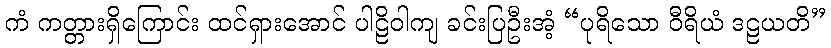
ကံ ကတ္တားရှိကြောင်း ထင်ရှားအောင် ပါဠိဝါကျ ခင်းပြဦးအံ့ “ပုရိသော ဝီရိယံ ဒဠယတိ”